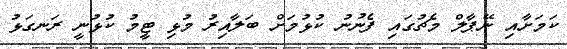
ކަމަށާއި ނޭޕާލް މެޗުގައި ފެނުނު ކުޅުމަށް ބަލާއިރު މުޅި ޓީމު ކުޅުނީ ރަނގަޅު